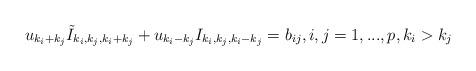
LaTeX: \begin{align*} u_{k_i + k_j} \tilde I_{k_i, k_j, k_i+ k_j} + u_{k_i-k_j} I_{k_i, k_j, k_i -k_j} = b_{ij}, i, j=1,..., p, k_i > k_j\end{align*}